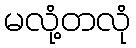
မလုံ့တလုံ